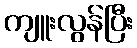
ကျူးလွန်ပြီး